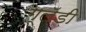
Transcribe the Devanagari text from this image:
ग्लॅडी